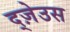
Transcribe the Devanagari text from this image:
द्ज़ेउस